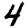
Digit: 4